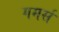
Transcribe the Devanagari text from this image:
गमर्स